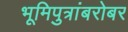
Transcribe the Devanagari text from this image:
भूमिपुत्रांबरोबर